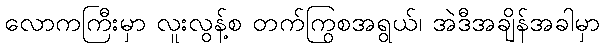
လောကကြီးမှာ လူးလွန့်စ တက်ကြွစအရွယ်၊ အဲဒီအချိန်အခါမှာ